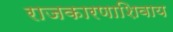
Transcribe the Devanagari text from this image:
राजकारणाशिवाय